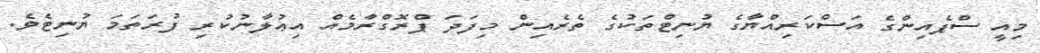
މިއީ ސްޕެއިންގެ އަސްކަރިއްޔާގެ ޔުނިޓްތަކުގެ ތެރެއިން މިފަދަ ޕްރޮގްރާމެއް އިޢުލާނުކުރި ފުރަތަމަ ޔުނިޓެވެ.